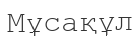
Мұсақұл